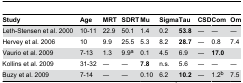
<table><thead><tr><td><b>Study</b></td><td><b>Age</b></td><td><b>MRT</b></td><td><b>SDRT</b></td><td><b>Mu</b></td><td><b>Sigma</b></td><td><b>Tau</b></td><td><b>CSD</b></td><td><b>Com</b></td><td><b>Om</b></td></tr></thead><tbody><tr><td>Leth-Stensen et al. 2000</td><td>10-11</td><td>22.9</td><td>50.1</td><td>1.4</td><td>0.2</td><td><b>53.8</b></td><td>―</td><td>―</td><td>―</td></tr><tr><td>Hervey et al. 2006</td><td>10</td><td>9.9</td><td>25.5</td><td>5.3</td><td>8.2</td><td><b>28.7</b></td><td>―</td><td>0.8</td><td>7.4</td></tr><tr><td>Vaurio et al. 2009</td><td>7-13</td><td>1.3</td><td>9.9<sup>a</sup></td><td>0.1</td><td>4.5</td><td>6.9</td><td>―</td><td><b>17.0</b></td><td></td></tr><tr><td>Kollins et al. 2009</td><td>31-32</td><td>―</td><td>―</td><td><b>7.8</b></td><td>n.s.</td><td>5.6</td><td>―</td><td>―</td><td>―</td></tr><tr><td>Buzy et al. 2009</td><td>7-14</td><td>―</td><td>―</td><td>0.10</td><td>6.2</td><td><b>10.2</b></td><td>―</td><td>1.2<sup>b</sup></td><td>7.5</td></tr></tbody></table>